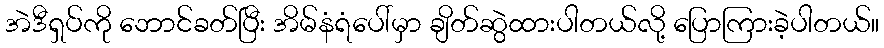
အဲဒီရှပ်ကို ဘောင်ခတ်ပြီး အိမ်နံရံပေါ်မှာ ချိတ်ဆွဲထားပါတယ်လို့ ပြောကြားခဲ့ပါတယ်။